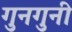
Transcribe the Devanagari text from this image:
गुनगुनी